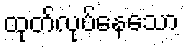
ထုတ်လုပ်နေသော